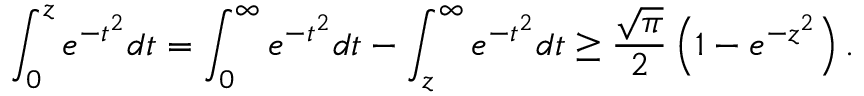
\begin{array} { r } { \displaystyle \int _ { 0 } ^ { z } e ^ { - t ^ { 2 } } d t = \displaystyle \int _ { 0 } ^ { \infty } e ^ { - t ^ { 2 } } d t - \displaystyle \int _ { z } ^ { \infty } e ^ { - t ^ { 2 } } d t \ge \frac { \sqrt { \pi } } { 2 } \left( 1 - e ^ { - z ^ { 2 } } \right) . } \end{array}